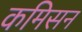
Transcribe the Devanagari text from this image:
कमिसन